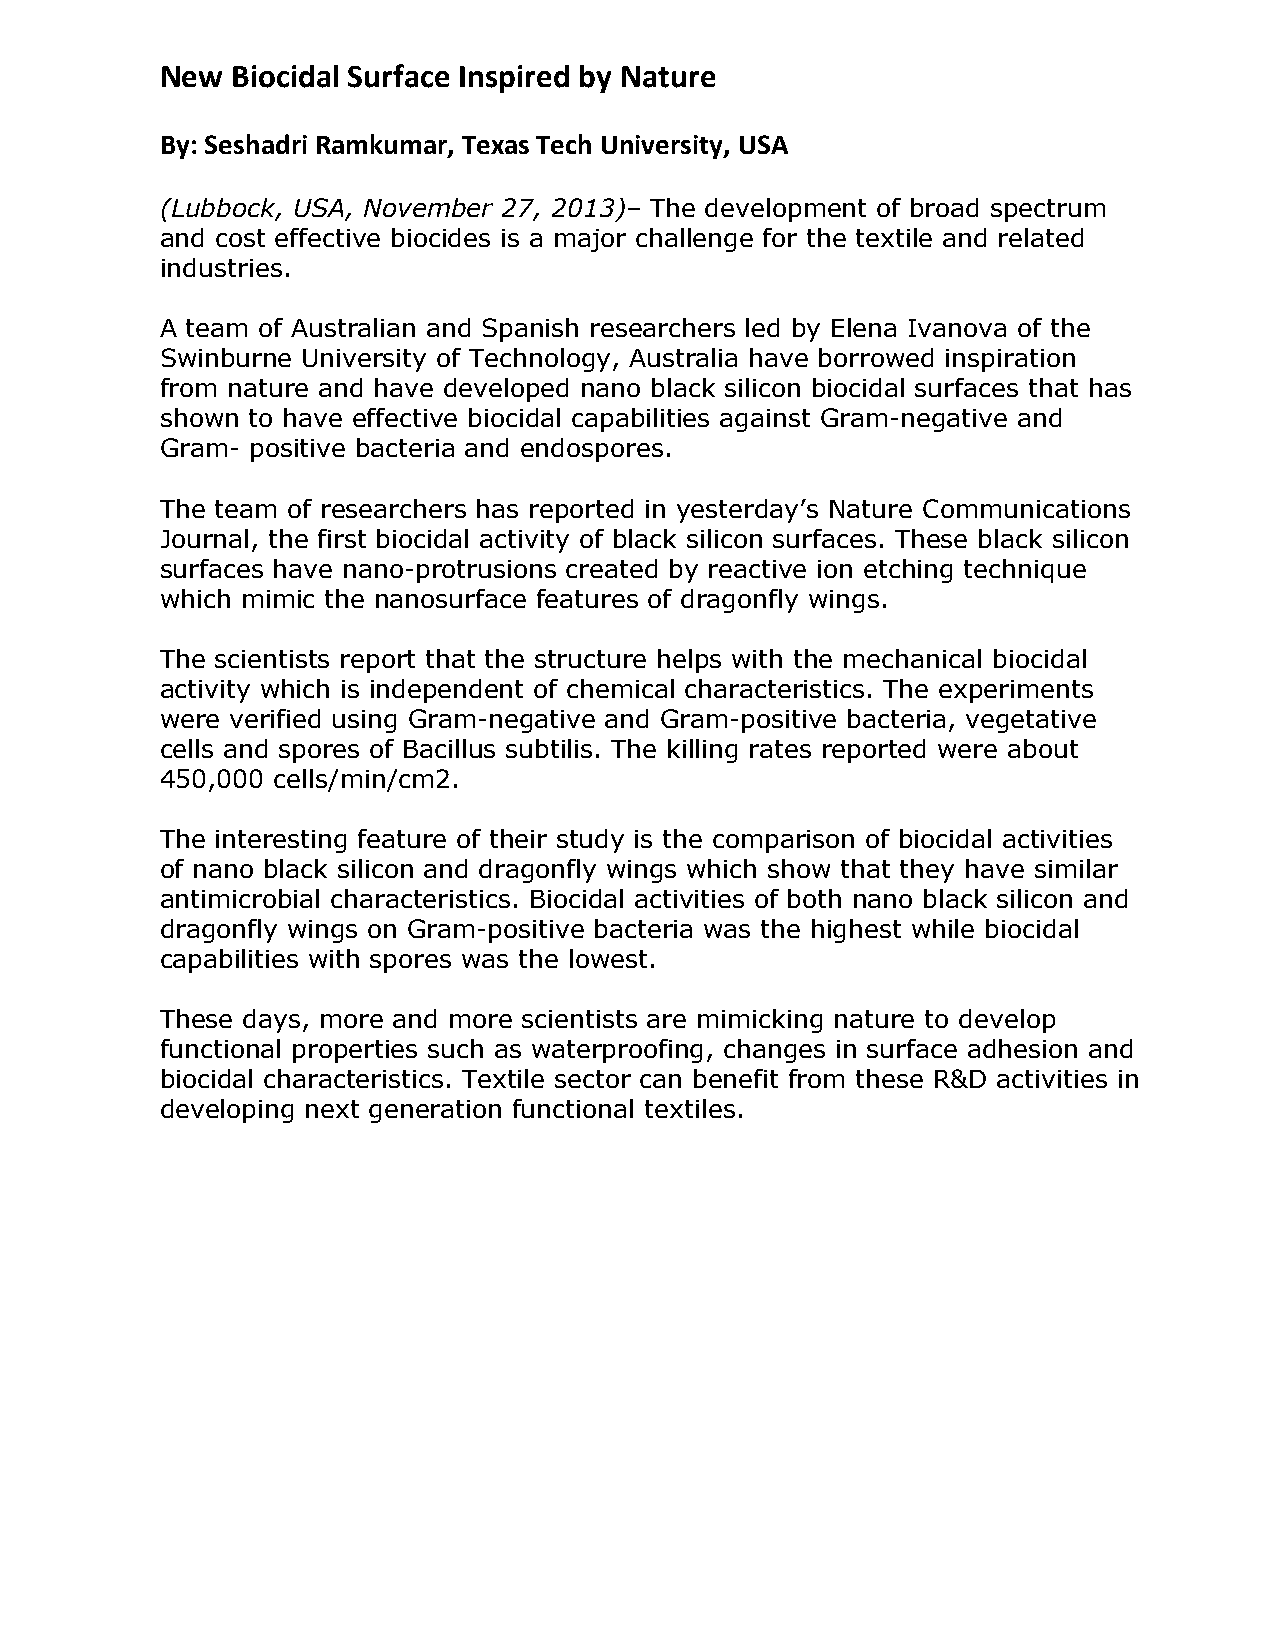
New Biocidal Surface Inspired by Nature
 By: Seshadri Ramkumar, Texas Tech University, USA
 (Lubbock, USA, November 27, 2013)– The development of broad spectrum
 and cost effective biocides is a major challenge for the textile and related
 industries.
 A team of Australian and Spanish researchers led by Elena Ivanova of the
 Swinburne University of Technology, Australia have borrowed inspiration
 from nature and have developed nano black silicon biocidal surfaces that has
 shown to have effective biocidal capabilities against Gram-negative and
 Gram- positive bacteria and endospores.
 The team of researchers has reported in yesterday’s Nature Communications
 Journal, the first biocidal activity of black silicon surfaces. These black silicon
 surfaces have nano-protrusions created by reactive ion etching technique
 which mimic the nanosurface features of dragonfly wings.
 The scientists report that the structure helps with the mechanical biocidal
 activity which is independent of chemical characteristics. The experiments
 were verified using Gram-negative and Gram-positive bacteria, vegetative
 cells and spores of Bacillus subtilis. The killing rates reported were about
 450,000 cells/min/cm2.
 The interesting feature of their study is the comparison of biocidal activities
 of nano black silicon and dragonfly wings which show that they have similar
 antimicrobial characteristics. Biocidal activities of both nano black silicon and
 dragonfly wings on Gram-positive bacteria was the highest while biocidal
 capabilities with spores was the lowest.
 These days, more and more scientists are mimicking nature to develop
 functional properties such as waterproofing, changes in surface adhesion and
 biocidal characteristics. Textile sector can benefit from these R&D activities in
 developing next generation functional textiles.